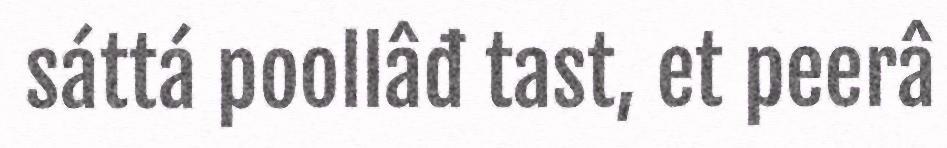
sáttá poollâđ tast, et peerâ